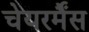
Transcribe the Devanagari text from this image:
चेयरर्मैंस